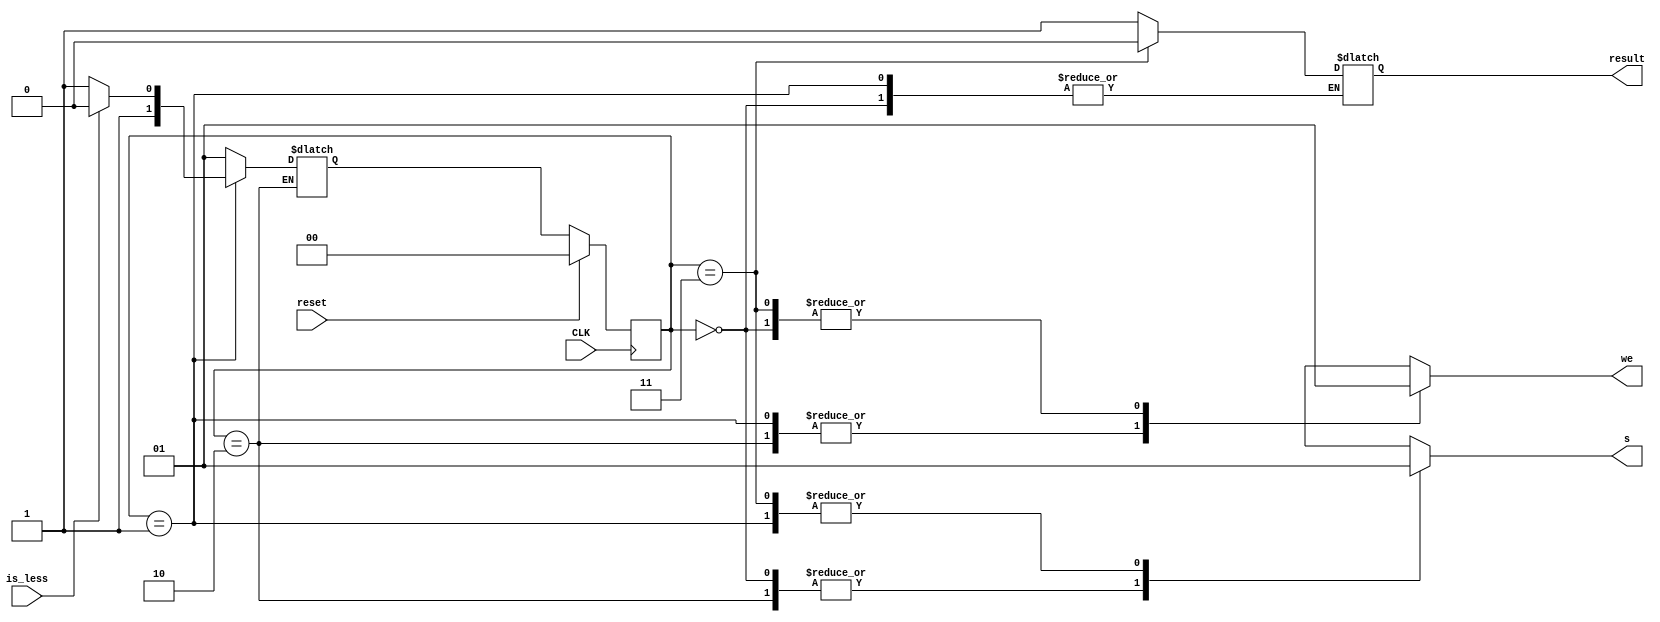

module mod_cu(
input reset,
	input CLK,
	input is_less,
	output reg we,  //write signal
	output reg s,
	output reg result
);


reg [1:0] curr_state, next_state;

localparam 	ADD 	= 2'b00;
localparam				COMP	= 2'b01;
localparam				SMALL = 2'b10;
localparam				LARGE	= 2'b11;
				
				
//State Registers			
always @(posedge CLK)
	begin
	if(reset)
		curr_state <= ADD;
	else
		curr_state <= next_state;
	end
	

//Next State Logic
always @(*)
	begin
	case(curr_state)
	ADD: 	begin
			next_state = COMP;
			end
	
	COMP: begin
			if(is_less)  
				next_state = SMALL;
			else
				next_state = LARGE;
			end
	
	SMALL: begin
			 end
	
	LARGE: begin
			 next_state = COMP;
             end
	
	endcase
	end
	
//Output Logic
always @(*)
	begin
	s = 1'b0;  
	we = 1'b0;   
	case(curr_state)
	ADD: 	begin
			s = 1'b0;
			we = 1'b1;
			end
	
	COMP: begin
			s = 1'b1;
			we = 1'b0;
			end
	
	SMALL: begin
			 result = 1'b1;
             //Here it is necessary to give the output to the result of the mod.
			 end
	
	LARGE: begin
			 result = 1'b0;
             s = 1'b1;
             we = 1'b1;
			 end
	
	endcase
	end
	

	


endmodule